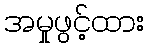
အမှုဖွင့်ထား